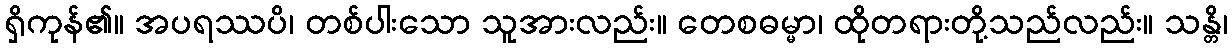
ရှိကုန်၏။ အပရဿပိ၊ တစ်ပါးသော သူအားလည်း။ တေစဓမ္မာ၊ ထိုတရားတို့သည်လည်း။ သန္တိ၊